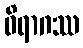
ဝိရာဂဿ